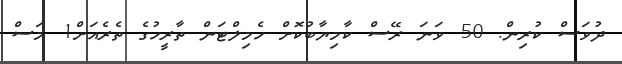
ދުވަސް ކުރިން. 50 ވަނަ ރޭސް ކާމިޔާބުކޮށް ހެމިލްޓަން ތާރީހުގެ ތެރެއަށް1 މަސް